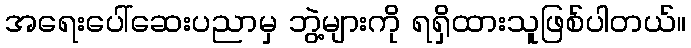
အရေးပေါ်ဆေးပညာမှ ဘွဲ့များကို ရရှိထားသူဖြစ်ပါတယ်။